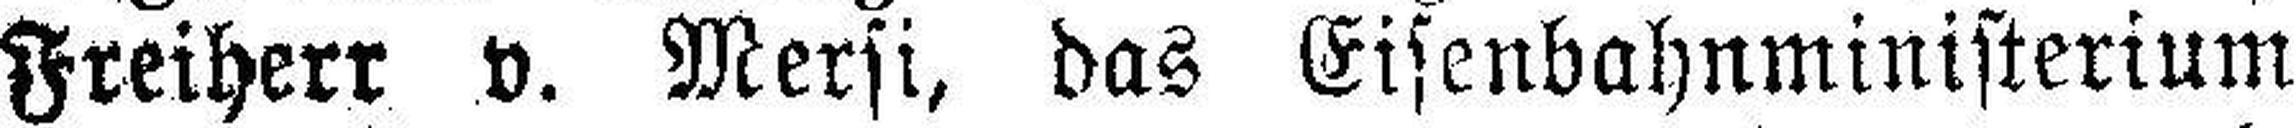
Freiherr v. Mersi, das Eisenbahnministerium